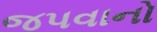
જપવાનો